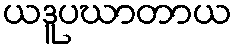
ယဒူပဃာတာယ